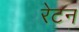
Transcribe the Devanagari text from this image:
रेटन